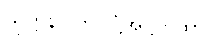
သုတ္တနိပါတပါဋ္ဌိအဋ္ဌကထာ